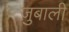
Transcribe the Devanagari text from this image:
ज़ुबाली